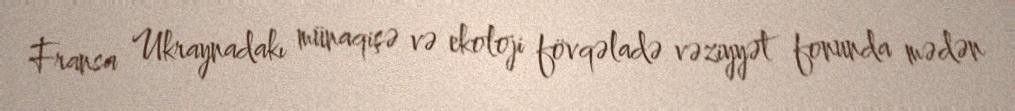
Fransa Ukraynadakı münaqişə və ekoloji fövqəladə vəziyyət fonunda mədən